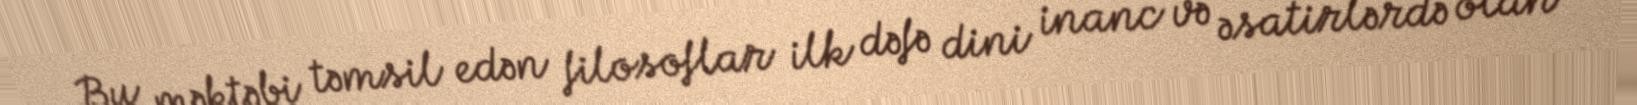
Bu məktəbi təmsil edən filosoflar ilk dəfə dini inanc və əsatirlərdə olan